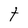
Character: t